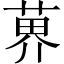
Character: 𫈨